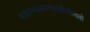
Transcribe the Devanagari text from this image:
माद्यन्मालयमालतीपरिमलो